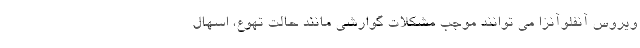
ویروس آنفلوآنزا می توانند موجب مشکلات گوارشی مانند حالت تهوع، اسهال